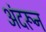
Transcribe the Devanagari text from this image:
अंदरून